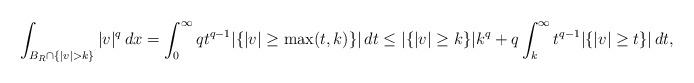
LaTeX: \begin{align*}\int_{B_R \cap \{ |v| > k\}} |v|^q \,dx = \int_0^\infty q t^{q - 1}|\{ |v| \geq \max(t,k) \}| \,dt \leq |\{ |v| \geq k \}| k^{q} + q \int_k^\infty t^{q - 1} |\{ |v| \geq t \}| \,dt,\end{align*}